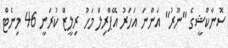
ސޮނާކްޝީގެ "ނޫރު" އަންނަ އަހަރު އޭޕްރިލް މަހު ރިލީޒް ކުރަނީ 46 މިނެޓް